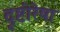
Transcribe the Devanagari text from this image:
दृष्टीरेषा